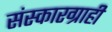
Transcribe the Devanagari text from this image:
संस्कारग्राही